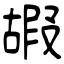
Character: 嘏